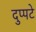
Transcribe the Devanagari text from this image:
दुप्पटे